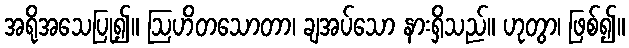
အရိုအသေပြု၍။ ဩဟိတသောတာ၊ ချအပ်သော နားရှိသည်။ ဟုတွာ၊ ဖြစ်၍။